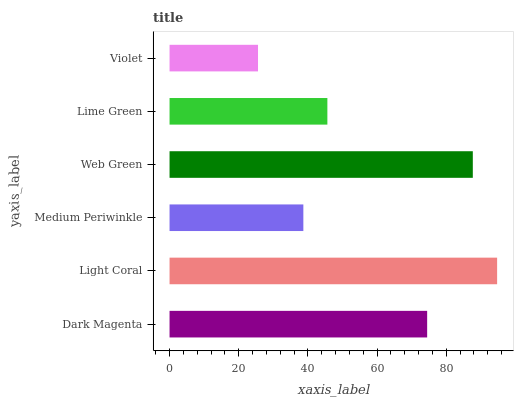
| yaxis_label | bars |
 | --- | --- |
 | Dark Magenta | 74.5 |
 | Light Coral | 94.7 |
 | Medium Periwinkle | 38.7 |
 | Web Green | 87.7 |
 | Lime Green | 45.6 |
 | Violet | 25.6 |